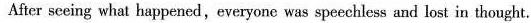
After sceing what happened,everyone was speechless and lost in thought.